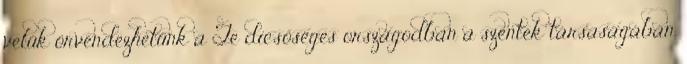
velük örvendezhetünk a Te dicsőséges országodban a szentek társaságában.